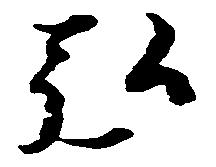
弘